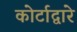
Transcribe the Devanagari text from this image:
कोर्टाद्वारे